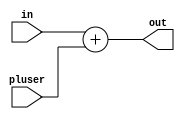
module Adder(input [15:0] in, pluser, output [15:0] out);
    assign out = in + pluser;
endmodule

////////&